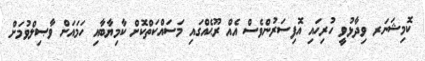
ކޮމިޝަނަރ ވިދާޅުވީ ހުރިހައި އޮފިސަރުންވެސް އެއް ރޫޙެއްގައި މަސައްކަތްކޮށް ކާމިޔާބާއި ހަމައަށް ވާޞިލްވުމަށް